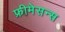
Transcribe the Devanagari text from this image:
फ्रीमेसन्स